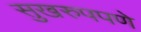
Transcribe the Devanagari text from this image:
सुखरुपपणे